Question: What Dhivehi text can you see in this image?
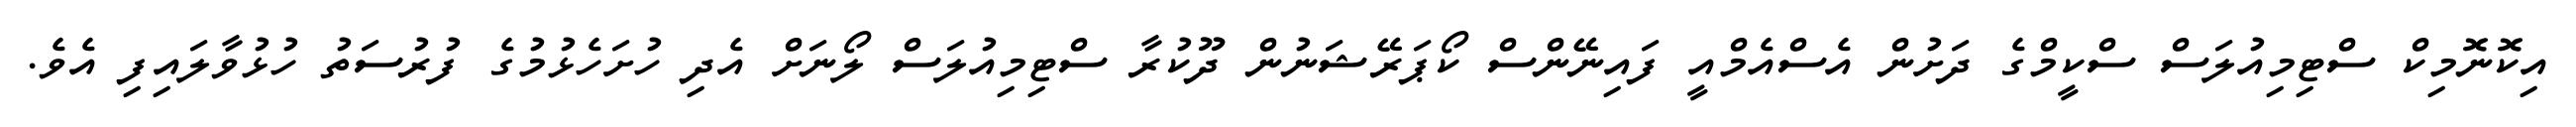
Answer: އިކޮނޮމިކް ސްޓިމިއުލަސް ސްކީމްގެ ދަށުން އެސްއެމްއީ ފައިނޭންސް ކޯޕަރޭޝަނުން ދޫކުރާ ސްޓިމިއުލަސް ލޯނަށް އެދި ހުށަހެޅުމުގެ ފުރުސަތު ހުޅުވާލައިފި އެވެ.